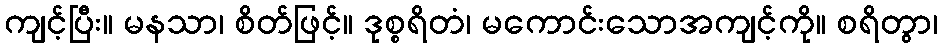
ကျင့်ပြီး။ မနသာ၊ စိတ်ဖြင့်။ ဒုစ္စရိတံ၊ မကောင်းသောအကျင့်ကို။ စရိတွာ၊